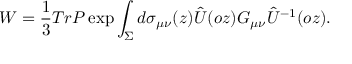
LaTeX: W = \frac { 1 } { 3 } T r P \exp \int _ { \Sigma } d \sigma _ { \mu \nu } ( z ) \hat { U } ( o z ) G _ { \mu \nu } \hat { U } ^ { - 1 } ( o z ) .